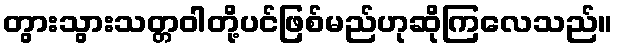
တွားသွားသတ္တဝါတို့ပင်ဖြစ်မည်ဟုဆိုကြလေသည်။